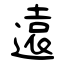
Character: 遠